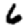
Digit: 6